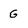
Character: G